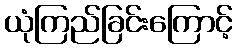
ယုံကြည်ခြင်းကြောင့်